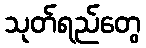
သုတ်ရည်တွေ